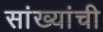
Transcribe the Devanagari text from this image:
सांख्यांची